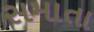
સમાતા